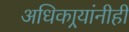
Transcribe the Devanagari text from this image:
अधिकार्‍यांनीही